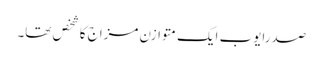
صدرایوب ایک متوازن مزاج کاشخص تھا۔